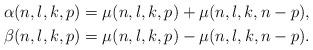
LaTeX: \begin{align*}\alpha(n, l, k, p)&=\mu(n, l, k, p)+\mu(n, l, k, n-p), \\ \beta(n, l, k, p)&=\mu(n, l, k, p)-\mu(n, l, k, n-p).\end{align*}